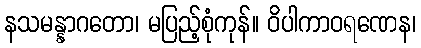
နသမန္နာဂတော၊ မပြည့်စုံကုန်။ ဝိပါကာဝရဏေန၊